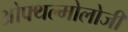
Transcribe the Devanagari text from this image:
ओफ्थल्मोलोजी